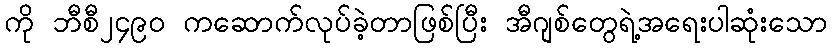
ကို ဘီစီ၂၄၉၀ ကဆောက်လုပ်ခဲ့တာဖြစ်ပြီး အီဂျစ်တွေရဲ့အရေးပါဆုံးသော